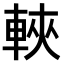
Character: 𫏶